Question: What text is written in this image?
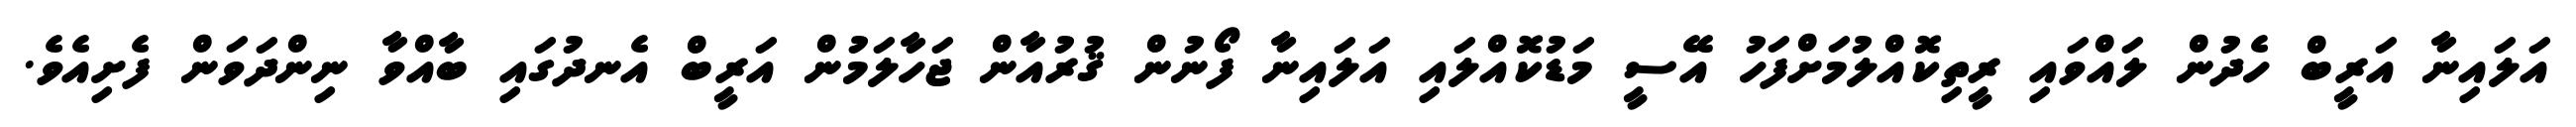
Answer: އަލައިނާ އަރީބް ހެދުން ލައްވައި ރީތިކޮއްލުމަށްފަހު އޭސީ މަޑުކޮއްލައި އަލައިނާ ފޯނުން ޤުރުއާން ޖަހާލަމުން އަރީބް އެނދުގައި ބާއްވާ ނިންދަވަން ފެށިއެވެ.